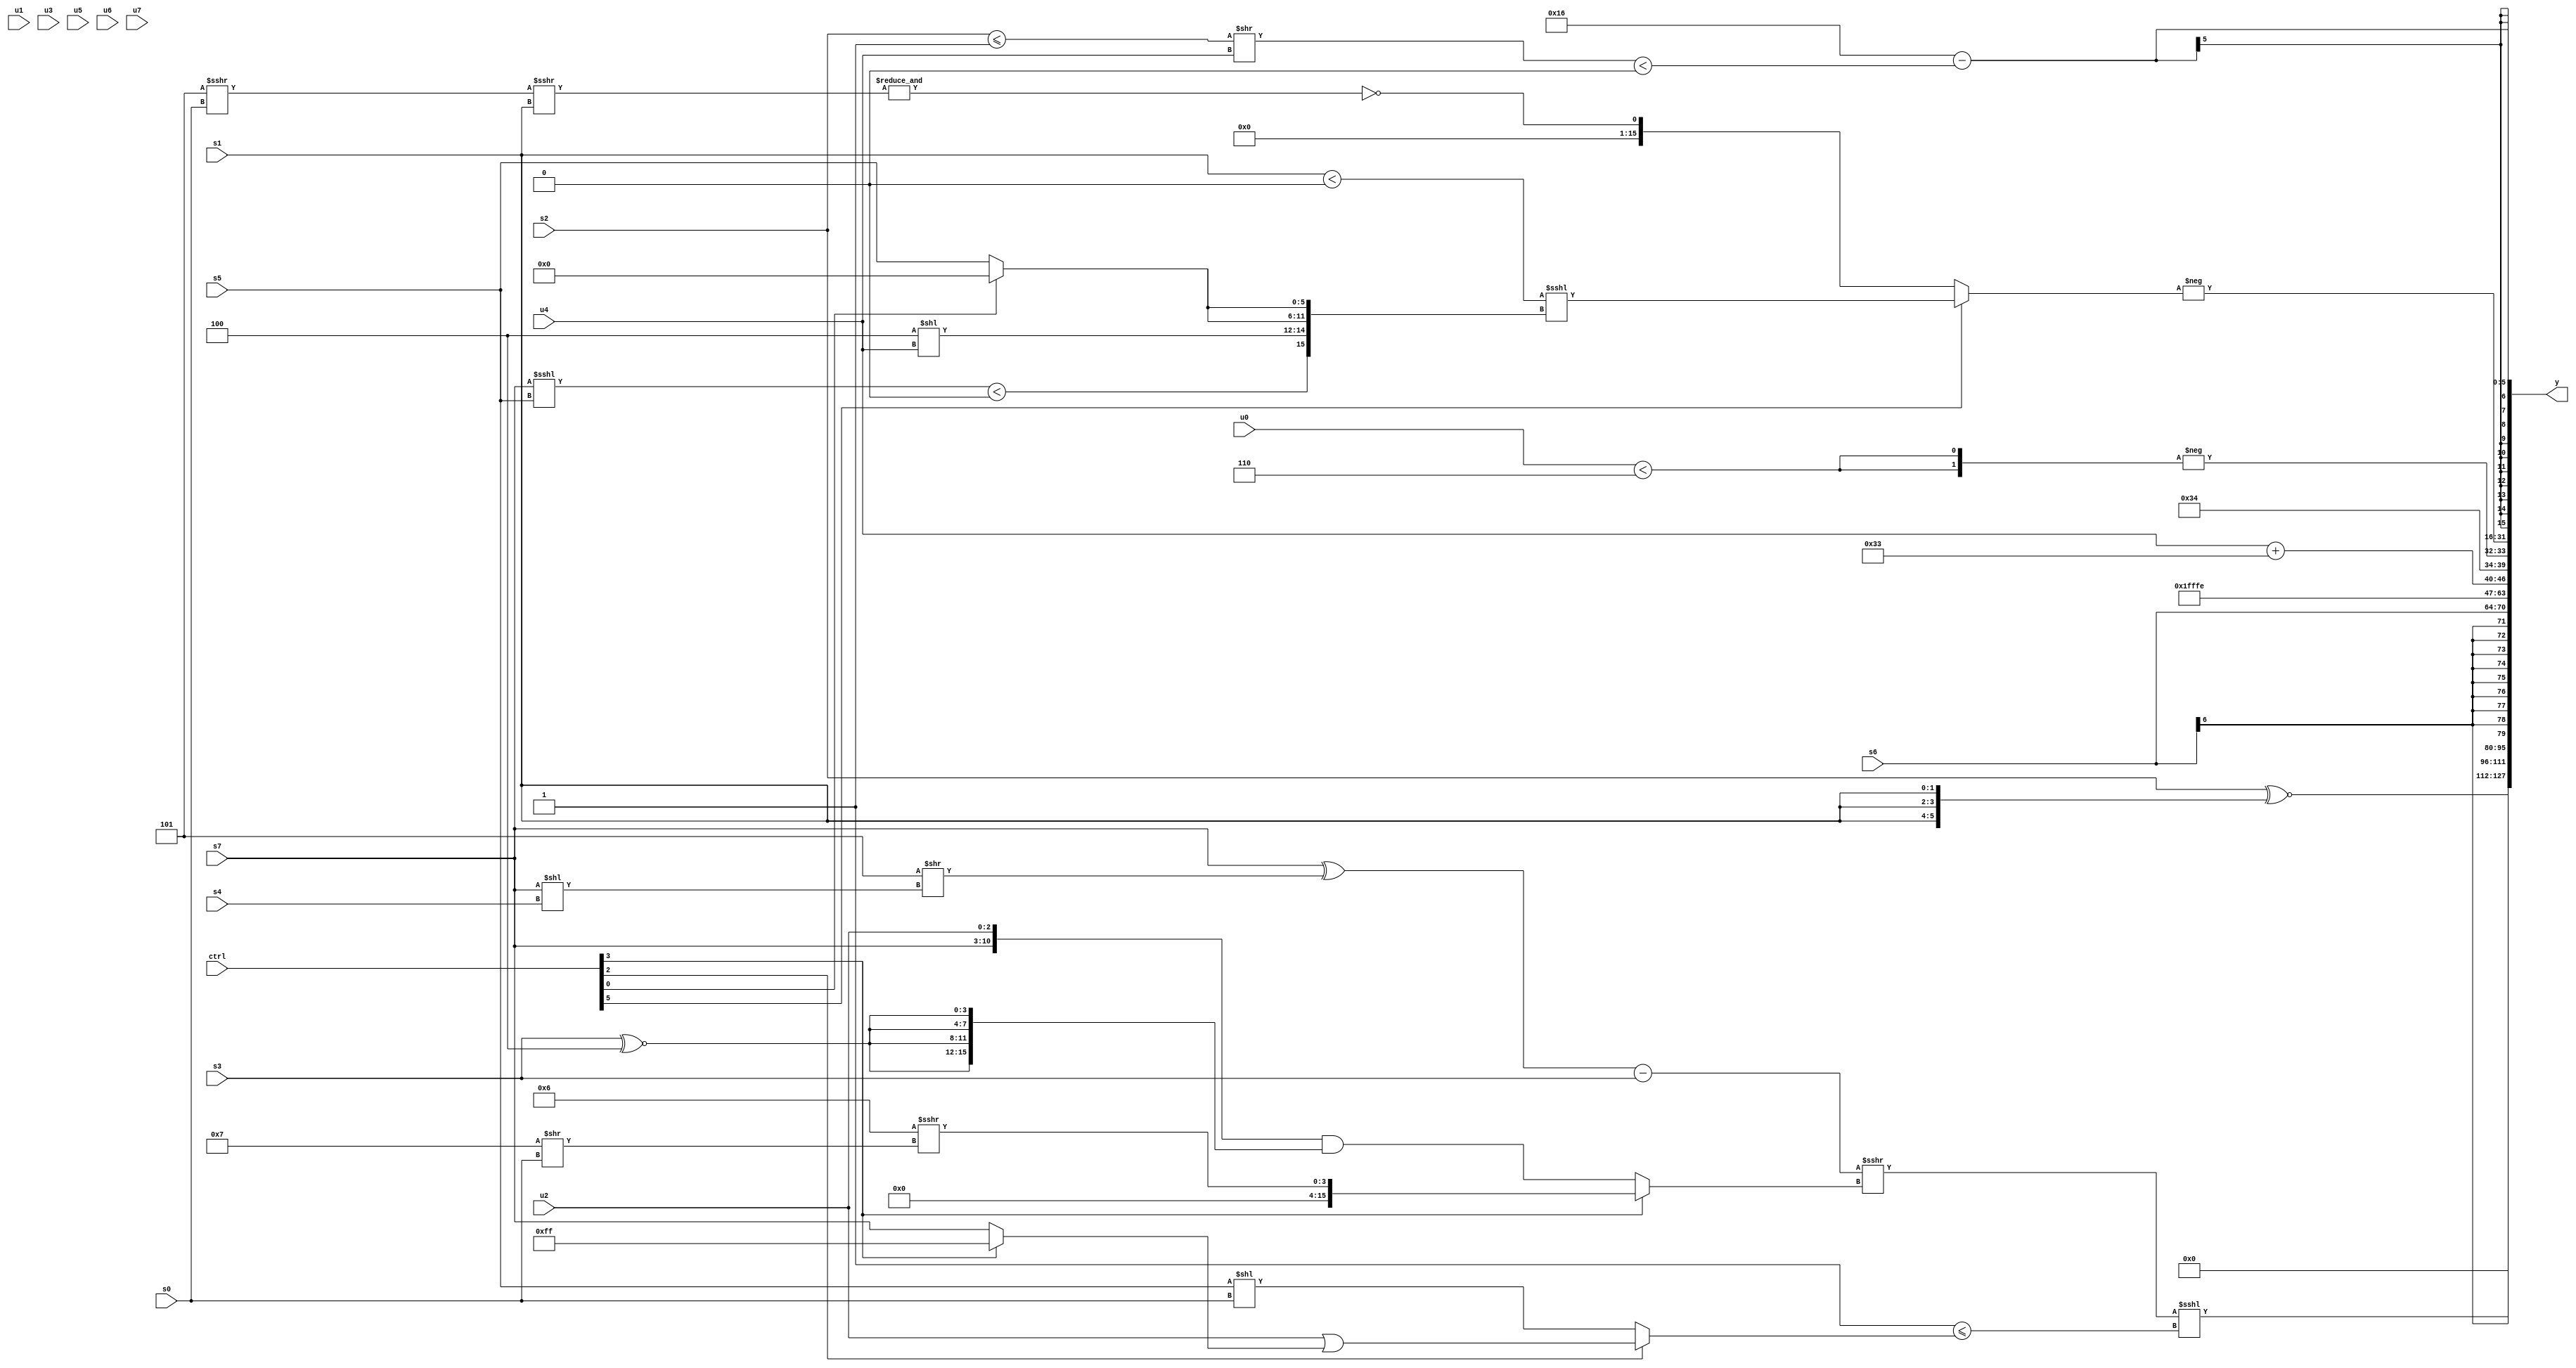
module wideexpr_00921(ctrl, u0, u1, u2, u3, u4, u5, u6, u7, s0, s1, s2, s3, s4, s5, s6, s7, y);
  input [7:0] ctrl;
  input [0:0] u0;
  input [1:0] u1;
  input [2:0] u2;
  input [3:0] u3;
  input [4:0] u4;
  input [5:0] u5;
  input [6:0] u6;
  input [7:0] u7;
  input signed [0:0] s0;
  input signed [1:0] s1;
  input signed [2:0] s2;
  input signed [3:0] s3;
  input signed [4:0] s4;
  input signed [5:0] s5;
  input signed [6:0] s6;
  input signed [7:0] s7;
  output [127:0] y;
  wire [15:0] y0;
  wire [15:0] y1;
  wire [15:0] y2;
  wire [15:0] y3;
  wire [15:0] y4;
  wire [15:0] y5;
  wire [15:0] y6;
  wire [15:0] y7;
  assign y = {y0,y1,y2,y3,y4,y5,y6,y7};
  assign y0 = (s2)^~($signed({3{{s1}}}));
  assign y1 = 1'sb0;
  assign y2 = ((((s7)^((6'sb111101)>>((s7)<<(s4))))-($signed($signed(s3))))>>>((ctrl[3]?$unsigned(($signed(4'b0110))>>>((5'sb00111)>>(s0))):({s7,u2})&({4{(s3)^~(3'sb100)}}))))<<<(((ctrl[4]?^(5'sb11001):2'b01))<=($unsigned((ctrl[2]?($signed(u2))|((ctrl[3]?2'sb11:s7)):((s5)<<(s0))<<(1'sb0)))));
  assign y3 = s6;
  assign y4 = 5'sb11111;
  assign y5 = {6'b110010,{1'sb1,4'sb1010},{5'sb00100,(3'sb101)-((4'sb0000)>>>(4'sb0000)),{$signed(+({($unsigned(u4))+({3{4'sb0011}})}))},(6'sb110101)&(+(2'sb10))},$signed(-({2{$signed((~^($signed(4'sb0000)))^~($signed((u0)<(3'b110))))}}))};
  assign y6 = -((ctrl[5]?((s1)<((+(4'sb0000))>>>(-(-(6'sb111110)))))<<<({(+((s7)<<<(s5)))<(((ctrl[7]?5'sb00100:s1))<<(-(5'sb00111))),(3'sb100)<<(u4),$unsigned({2{(ctrl[0]?3'sb000:s5)}})}):+(~&((($signed(4'b1101))>>>(s0))>>>(s1)))));
  assign y7 = (5'sb10110)-($signed($unsigned((((s2)<=($signed(2'sb11)))>>($unsigned(u4)))<(({4{4'sb0000}})>>((+(6'sb001101))<<((6'sb100111)&(3'sb101)))))));
endmodule